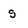
Character: s